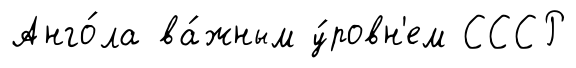
Анго́ла ва́жным у́ровн'ем СССР